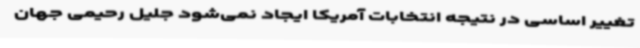
تغییر اساسی در نتیجه انتخابات آمریکا ایجاد نمی‌شود جلیل رحیمی جهان